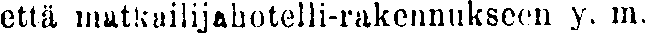
että matkustajahotelli-rakennukseen y. m.